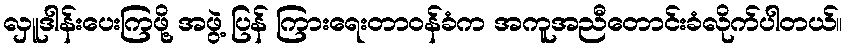
လှူဒါန်းပေးကြဖို့ အဖွဲ့ ပြန် ကြားရေးတာဝန်ခံက အကူအညီတောင်းခံလိုက်ပါတယ်။